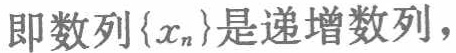
即数列\(\{x_{n}\}\)是递增数列，